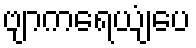
ဗျာကရေယျံပေ